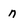
Character: n